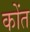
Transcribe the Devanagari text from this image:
कोंत